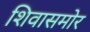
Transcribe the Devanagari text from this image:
शिवासमोर